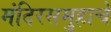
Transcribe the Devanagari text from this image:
मंदिरसमुहाचे